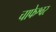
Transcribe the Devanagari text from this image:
चाफेश्वर